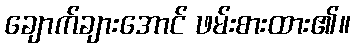
ချောက်ချားအောင် ဖမ်းစားထား၏။